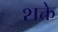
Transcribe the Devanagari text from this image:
शक्ते